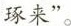
琢来”。